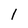
Character: 1